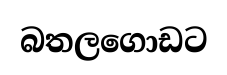
බතලගොඩට